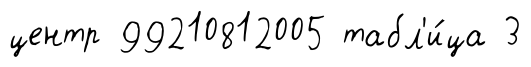
центр 99210812005 табл'и́ца 3